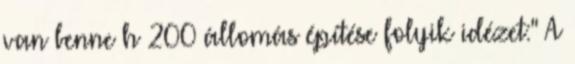
van benne h 200 állomás építése folyik idézet:" A